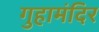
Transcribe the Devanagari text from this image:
गुहामंदिर